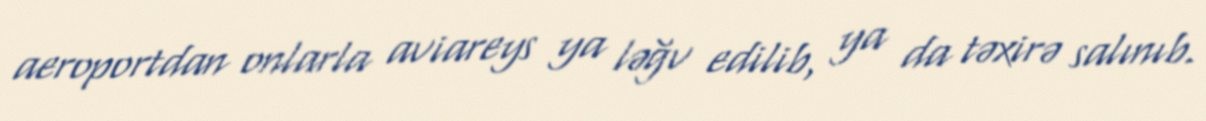
aeroportdan onlarla aviareys ya ləğv edilib, ya da təxirə salınıb.